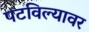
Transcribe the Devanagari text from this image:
पटविल्यावर